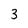
Character: 3